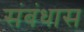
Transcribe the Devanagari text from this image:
संबंधास